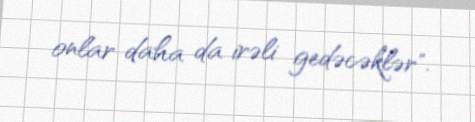
onlar daha da irəli gedəcəklər".